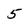
Character: 5